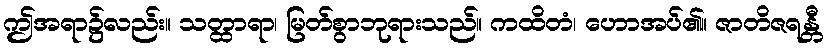
ဤအရာ၌လည်း။ သတ္ထာရာ၊ မြတ်စွာဘုရားသည်။ ကထိတံ၊ ဟောအပ်၏။ ဇာတိဇရန္တီ